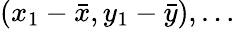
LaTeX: (x_{1}-{\bar{x}},y_{1}-{\bar{y}}),\dots